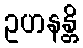
ဥဟနန္တိ